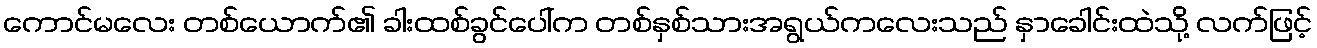
ကောင်မလေး တစ်ယောက်၏ ခါးထစ်ခွင်ပေါ်က တစ်နှစ်သားအရွယ်ကလေးသည် နှာခေါင်းထဲသို့ လက်ဖြင့်